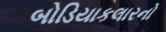
બોડિયાકલારનો